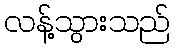
လန့်သွားသည်